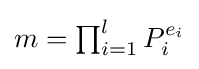
{\textstyle m=\prod _{i=1}^{l}P_{i}^{e_{i}}}